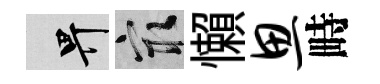
畀冣懶思畤